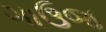
ગાઉજ